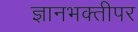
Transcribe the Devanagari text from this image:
ज्ञानभक्तीपर